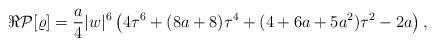
LaTeX: \begin{align*}\Re \mathcal{P}[\varrho]=\frac{a}{4}|w|^6 \left(4\tau^6 +(8a +8) \tau^4 + (4+6a + 5a^2) \tau^2 - 2a\right),\end{align*}